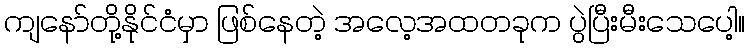
ကျနော်တို့နိုင်ငံမှာ ဖြစ်နေတဲ့ အလေ့အထတခုက ပွဲပြီးမီးသေပေါ့။